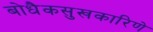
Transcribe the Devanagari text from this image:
बोधैकसुखकारिणे